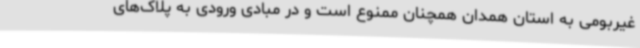
غیربومی به استان همدان همچنان ممنوع است و در مبادی ورودی به پلاک‌های